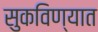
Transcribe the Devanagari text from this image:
सुकविण्यात